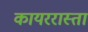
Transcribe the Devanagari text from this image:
कायररास्ता